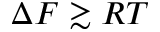
\Delta F \gtrsim R T